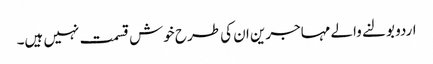
اردو بولنے والے مہاجرین ان کی طرح خوش قسمت نہیں ہیں۔